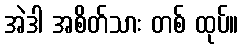
အဲဒါ အစိတ်သား တစ် ထုပ်။